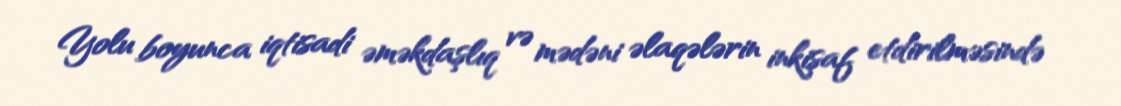
Yolu boyunca iqtisadi əməkdaşlıq və mədəni əlaqələrin inkişaf etdirilməsində